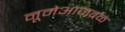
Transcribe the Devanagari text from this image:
नूमेआजवळ